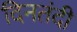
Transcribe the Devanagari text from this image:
दिनतंदी